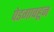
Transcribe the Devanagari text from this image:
पेडगावहून